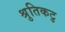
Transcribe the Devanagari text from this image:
श्रुतिकटु